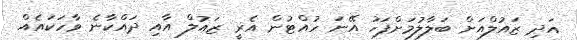
އަދި ޒައުލްއަށް ބަލާލުމަށްފަހު އޭނަ ހުއްޓުން އެރީ ޒައުލް އާއި ދައްކާނެ ވާހަކައެއް